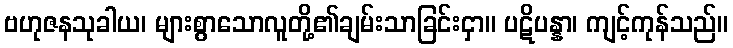
ဗဟုဇနသုခါယ၊ များစွာသောလူတို့၏ချမ်းသာခြင်းငှာ။ ပဋိပန္နာ၊ ကျင့်ကုန်သည်။